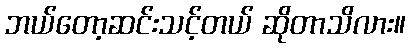
ဘယ်တော့ဆင်းသင့်တယ် ဆိုတာသိလား။